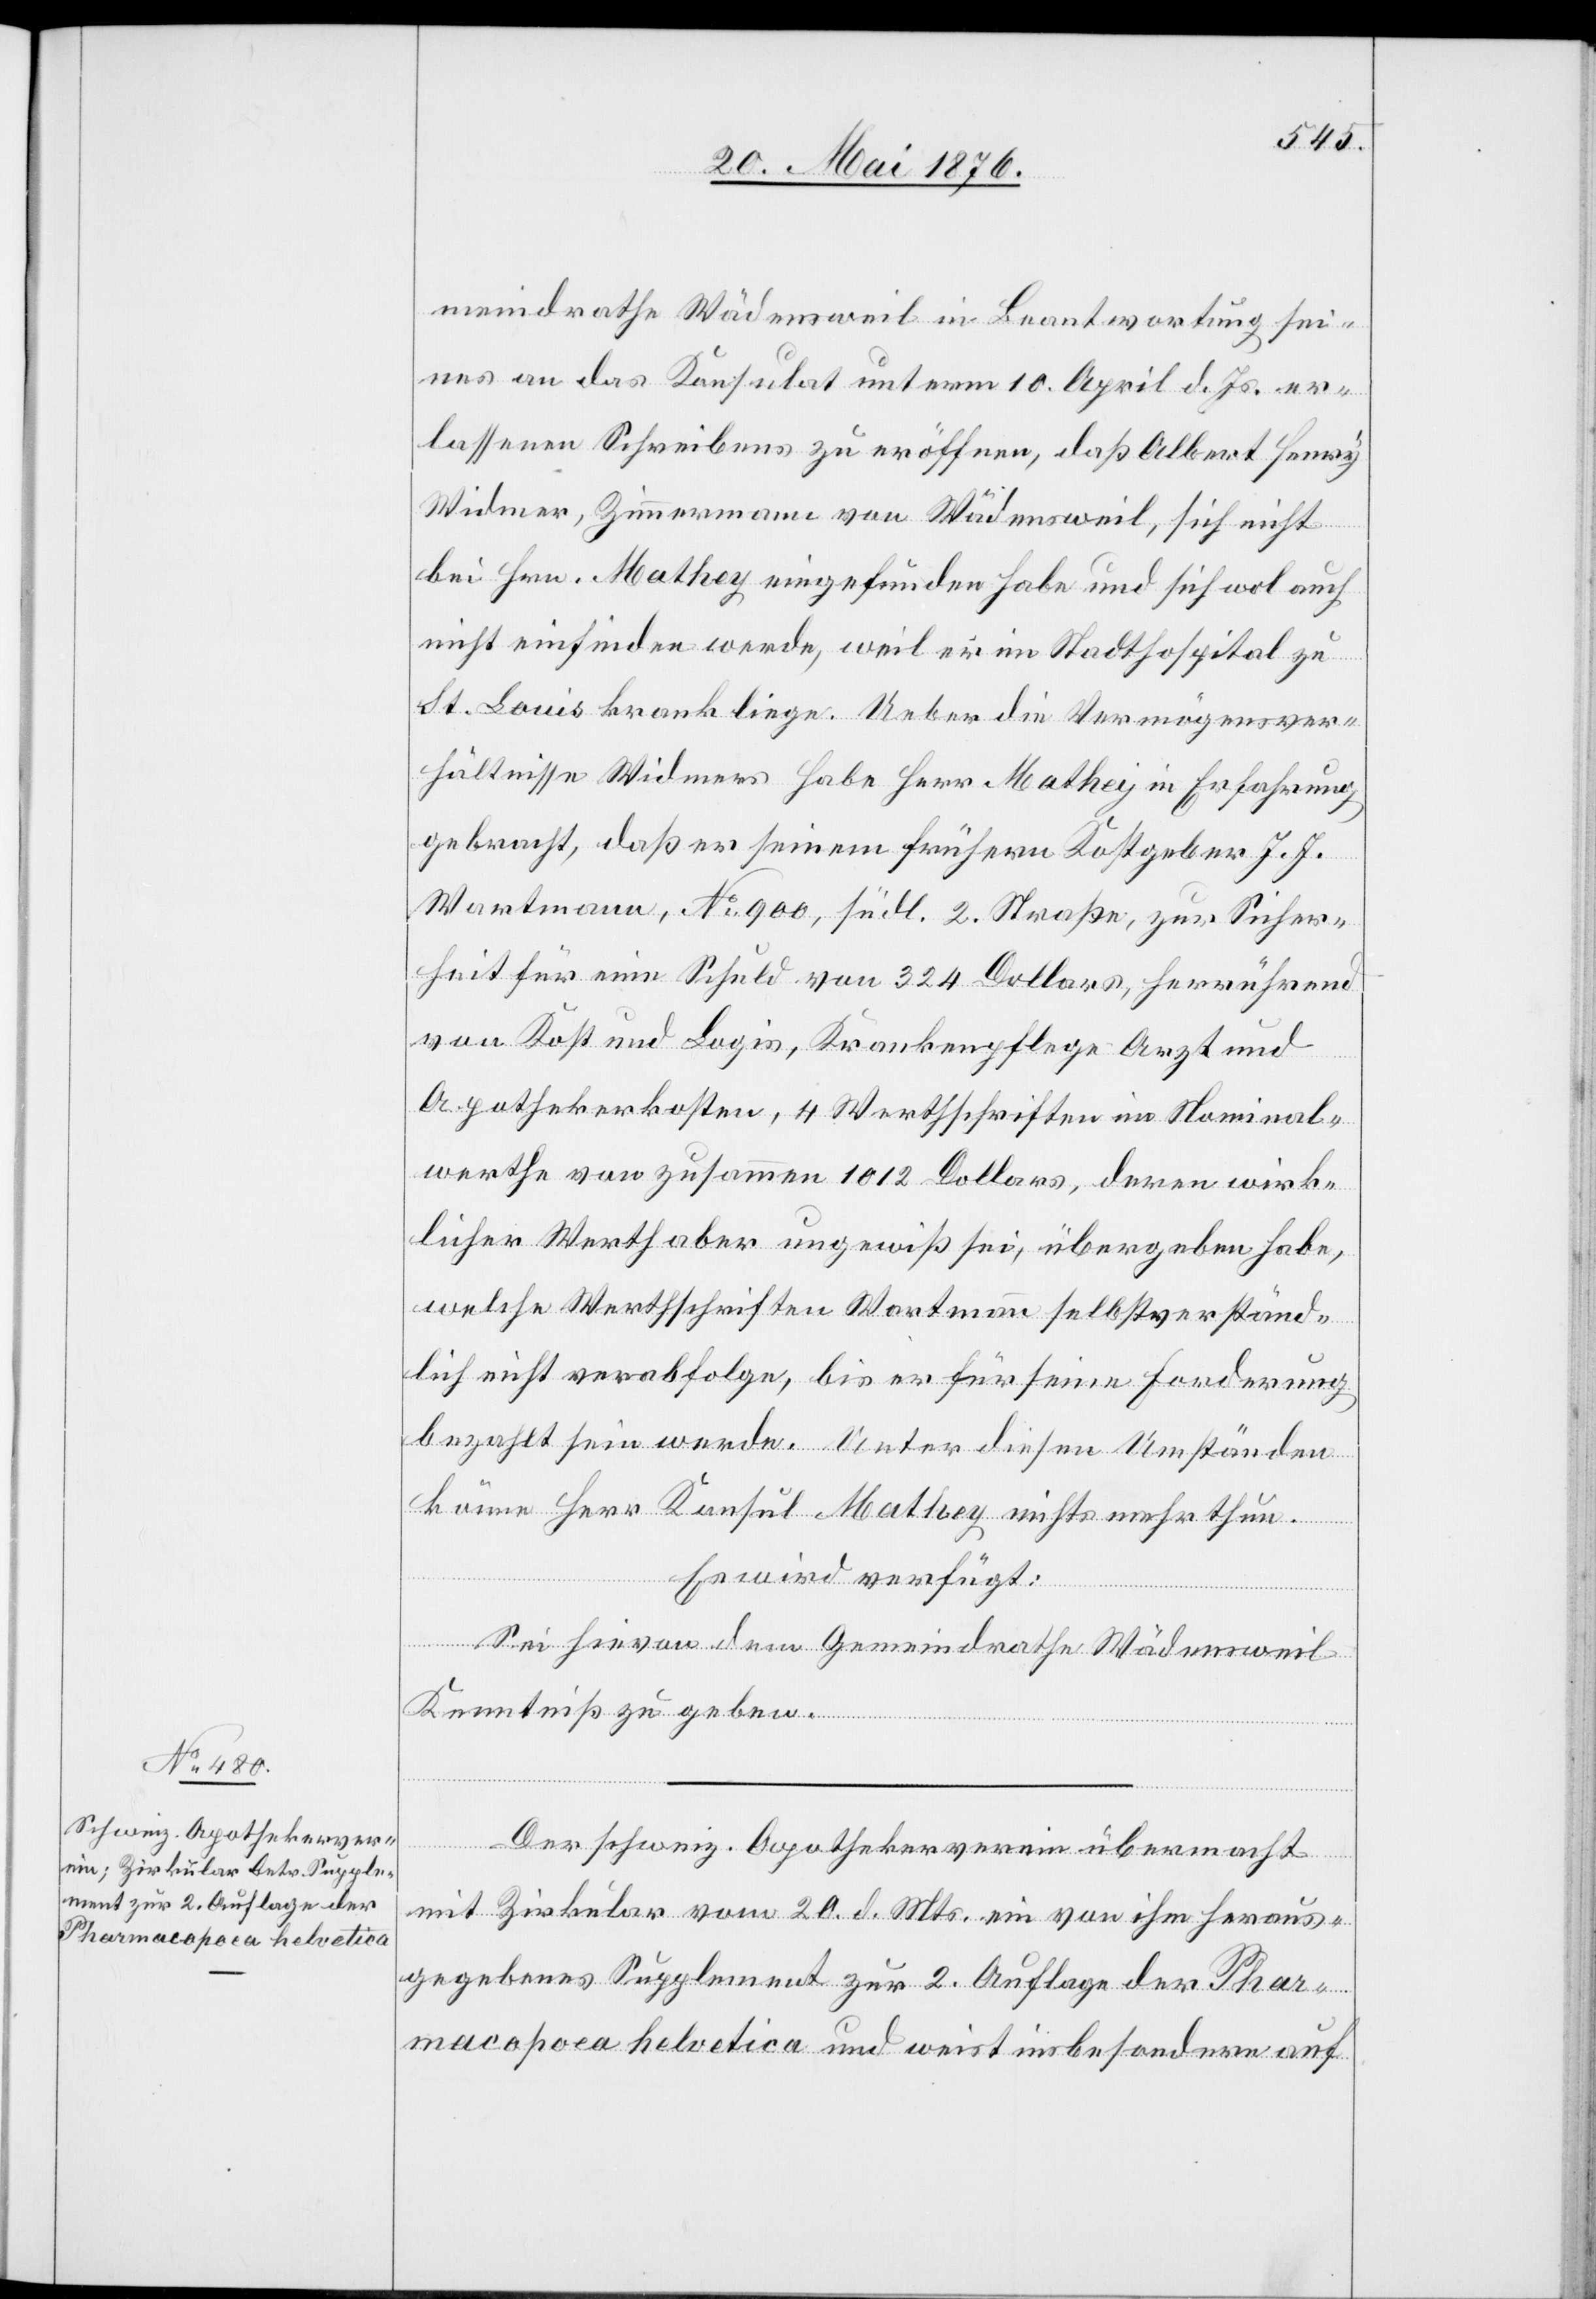
26. Mai 1876.]
meinderathe Wädensweil in Beantwortung sei¬
nes an das Konsulat unterm 10. April d. Js. er¬
lassenen Schreibens zu eröffnen, daß Albert Henry
Widmer, Zimmermann von Wädensweil, sich nicht
bei Hrn. Mathey eingefunden habe und sich wol auch
nicht einfinden werde, weil er im Stadthofspital zu
St. Louis krank liege. Ueber die Vermögensver¬
hältnisse Widmer habe Herr Mathey in Erfahrung
gebracht, daß er seinem frühern Kostgeber J. J.
Wartmann, No 900, südl. 2. Straße, zur Sicher¬
heit für eine Schuld von 324 Dollars, herrührend
von Kost und Logis, Krankenpflege Arzt und
Apothekerkosten, 4 Werthschriften im Nominal¬
werthe von zusammen 1012 Dollars, deren wirk¬
licher Werth aber ungewiß sei, übergeben habe,
welche Werthschriften Wartmann selbstverständ¬
lich nicht verabfolge, bis er für seine Forderung
bezahlt sein werde. Unter diesen Umständen
könne Herr Konsul Mathey nichts mehr thun.
Es wird verfügt:
Sei hievon dem Gemeindrathe Wädensweil
Kenntniß zu geben.
Der schweiz. Apothekerverein übermacht
mit Zirkular vom 20. d. Mts. ein von ihm heraus¬
gegebenes Supplement zur 2. Auflage der Phar¬
macopoea helvetica und weist insbesondere auf